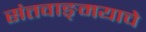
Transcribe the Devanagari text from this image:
संतवाङ्‌मयाचे